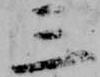
三